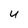
Character: u